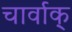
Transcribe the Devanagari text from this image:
चार्वाक्